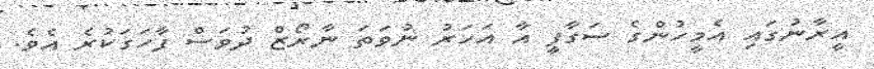
އީރާނުގައި އެމީހުންގެ ސަގާފީ އާ އަހަރު ނުވަތަ ނާރޯޒް ދުވަސް ފާހަގަކުރެ އެވެ.